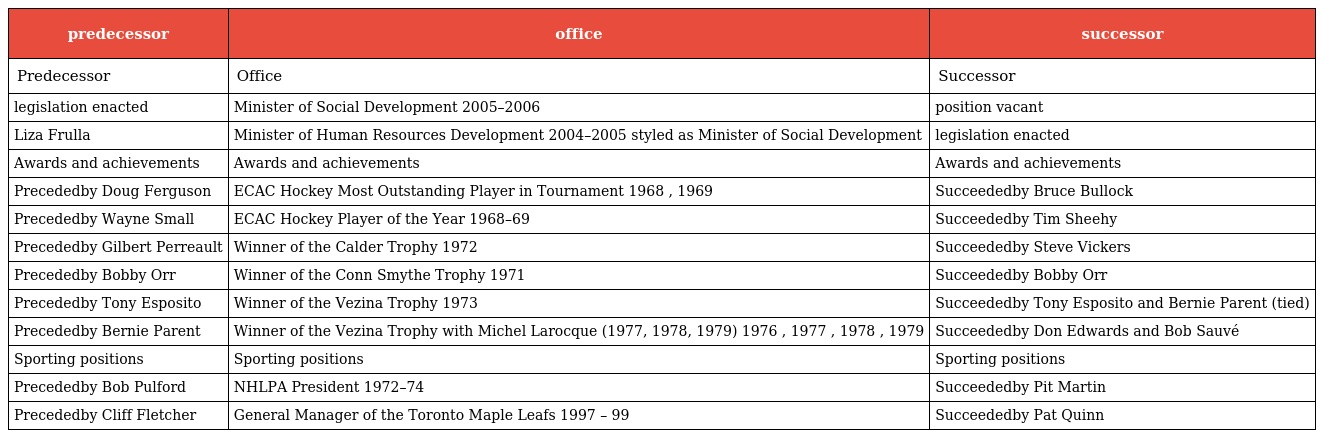
| predecessor | office | successor |
 | --- | --- | --- |
 | Predecessor | Office | Successor |
 | legislation enacted | Minister of Social Development 2005–2006 | position vacant |
 | Liza Frulla | Minister of Human Resources Development 2004–2005 styled as Minister of Social Development | legislation enacted |
 | Awards and achievements | Awards and achievements | Awards and achievements |
 | Precededby Doug Ferguson | ECAC Hockey Most Outstanding Player in Tournament 1968 , 1969 | Succeededby Bruce Bullock |
 | Precededby Wayne Small | ECAC Hockey Player of the Year 1968–69 | Succeededby Tim Sheehy |
 | Precededby Gilbert Perreault | Winner of the Calder Trophy 1972 | Succeededby Steve Vickers |
 | Precededby Bobby Orr | Winner of the Conn Smythe Trophy 1971 | Succeededby Bobby Orr |
 | Precededby Tony Esposito | Winner of the Vezina Trophy 1973 | Succeededby Tony Esposito and Bernie Parent (tied) |
 | Precededby Bernie Parent | Winner of the Vezina Trophy with Michel Larocque (1977, 1978, 1979) 1976 , 1977 , 1978 , 1979 | Succeededby Don Edwards and Bob Sauvé |
 | Sporting positions | Sporting positions | Sporting positions |
 | Precededby Bob Pulford | NHLPA President 1972–74 | Succeededby Pit Martin |
 | Precededby Cliff Fletcher | General Manager of the Toronto Maple Leafs 1997 – 99 | Succeededby Pat Quinn |